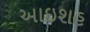
આઇશહ